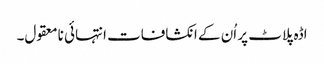
اڈہ پلاٹ پر اُن کے انکشافات انتہائی نامعقول۔